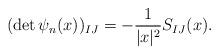
LaTeX: \begin{align*} (\det \psi_n(x))_{I J}= -\frac {1}{|x|^2} S_{I J}(x). \end{align*}